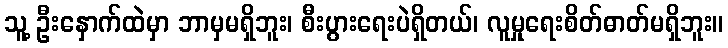
သူ့ ဦးနှောက်ထဲမှာ ဘာမှမရှိဘူး၊ စီးပွားရေးပဲရှိတယ်၊ လူမှုရေးစိတ်ဓာတ်မရှိဘူး။